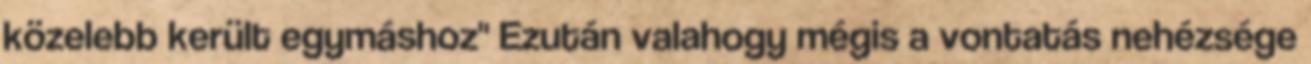
közelebb került egymáshoz" Ezután valahogy mégis a vontatás nehézsége